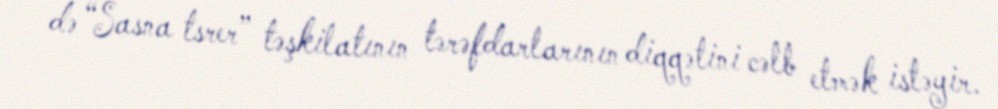
də “Sasna tsrer” təşkilatının tərəfdarlarının diqqətini cəlb etmək istəyir.